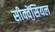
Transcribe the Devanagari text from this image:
सीक्वेंसियल